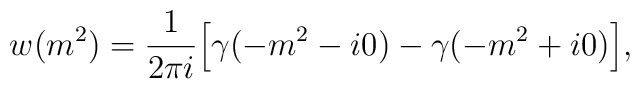
w(m^2) = \frac{1}{2\pi i} \Bigl[ \gamma(-m^2 - i0)                                                   - \gamma(-m^2 + i0) \Bigr] ,